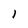
Character: 1